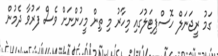
ގަމު ރީޖަނަލް ހޮސްޕިޓަލުގައި މިހާރު މި ތިން މީހުންނަށް ވެސް ފަރުވާ ދެމުން